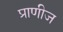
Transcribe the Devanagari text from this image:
प्राणीज